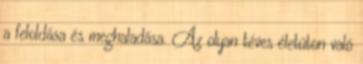
a feloldása és meghaladása. Az olyan téves életúton való